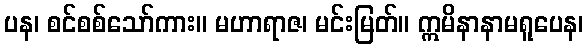
ပန၊ စင်စစ်သော်ကား။ မဟာရာဇ၊ မင်းမြတ်။ ဣမိနာနာမရူပေန၊